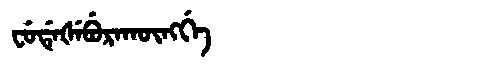
Manchu: ᠸᡠᡩᡝᡧᡝᠪᡠᡵᠠᡴᡡᠩᡤᡝ
Romanization: FUDEŠEBURAKŪNGGE